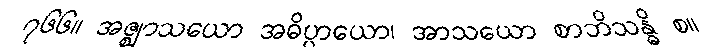
၇၆၆။ အဇ္ဈာသယော အဓိပ္ပာယော၊ အာသယော စာဘိသန္ဓိ စ။